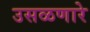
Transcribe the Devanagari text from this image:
उसळणारे